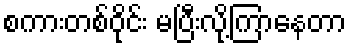
စကားတစ်ဝိုင်း မပြီးလို့ကြာနေတာ